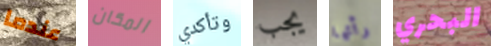
عندما المكان وتأكدي يجب رأتها البحري